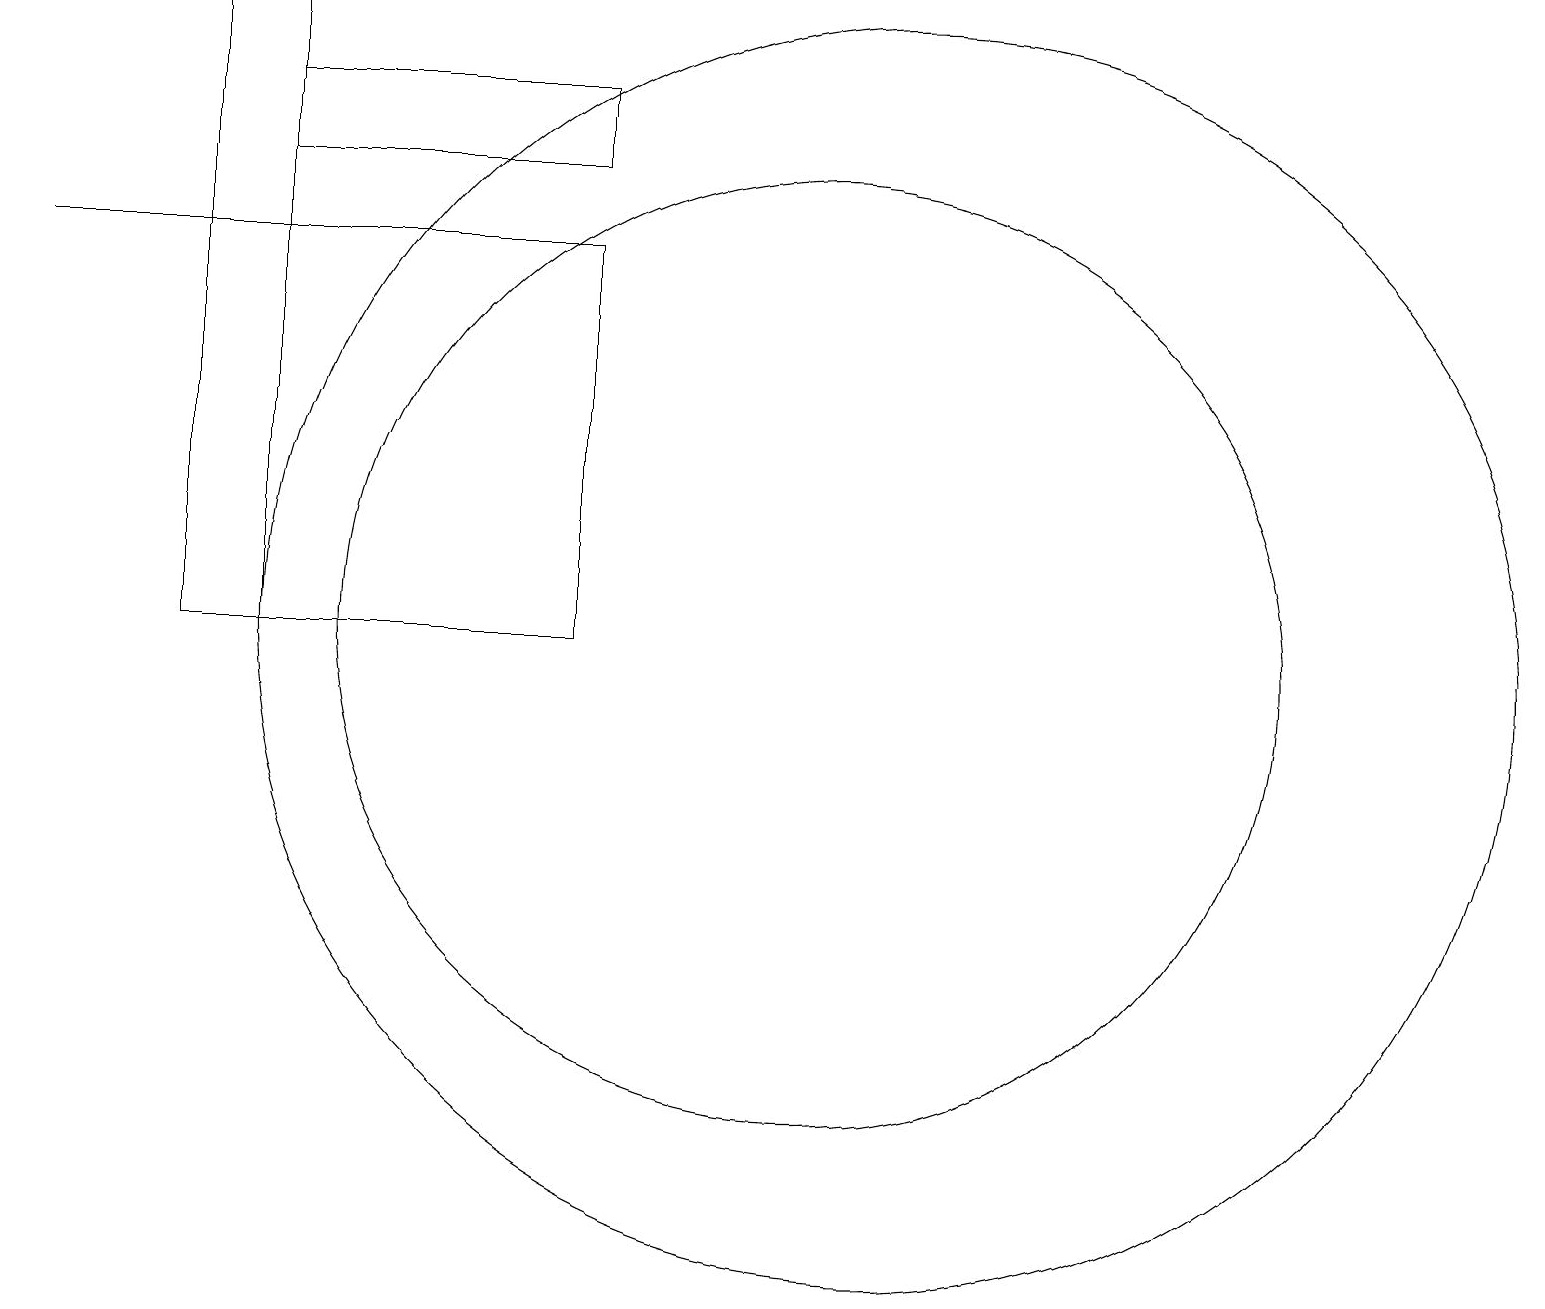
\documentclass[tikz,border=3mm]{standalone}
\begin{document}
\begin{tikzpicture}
\draw (12,10) circle (8);
\draw (4,18) rectangle (3,10);
\draw (3,15) rectangle (8,10);
\draw (1,15) rectangle (6,15);
\draw (8,16) rectangle (4,17);
\draw (11,10) circle (6);
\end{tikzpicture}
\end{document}